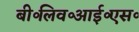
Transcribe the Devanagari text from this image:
बी॰लिव॰आई॰एस॰